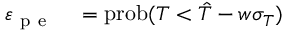
\begin{array} { r l } { \varepsilon _ { \mathrm { ~ p ~ e ~ } } } & { { } = \mathrm { p r o b } ( T < \hat { T } - w \sigma _ { T } ) } \end{array}